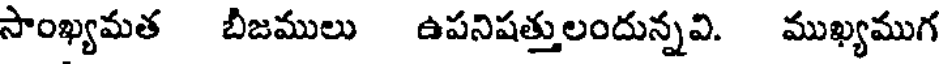
సాంఖ్యమత బీజములు ఉపనిషత్తులందున్నవి. ముఖ్యముగ